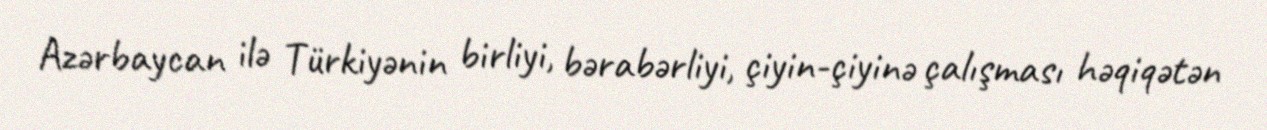
Azərbaycan ilə Türkiyənin birliyi, bərabərliyi, çiyin-çiyinə çalışması həqiqətən